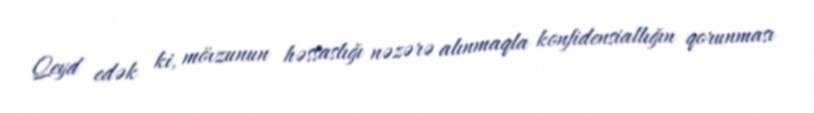
Qeyd edək ki, mövzunun həssaslığı nəzərə alınmaqla konfidensiallığın qorunması